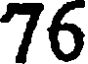
76